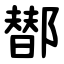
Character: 䣠